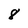
Character: 8